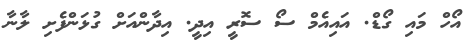
އޯހް މައި ގޯޑް. އައިއެމް ސޯ ސޮރީ އިދީ. އިދާންއަށް ގުޅަންފެށި ލާނާ